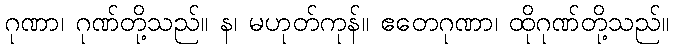
ဂုဏာ၊ ဂုဏ်တို့သည်။ န၊ မဟုတ်ကုန်။ ဧတေဂုဏာ၊ ထိုဂုဏ်တို့သည်။